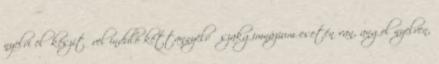
nyelvi előkészítővel induló kéttannyelvű szakgimnázium esetén van, angol nyelven,